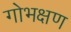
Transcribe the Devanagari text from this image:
गोभक्षण